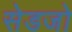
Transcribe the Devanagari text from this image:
सेडजो